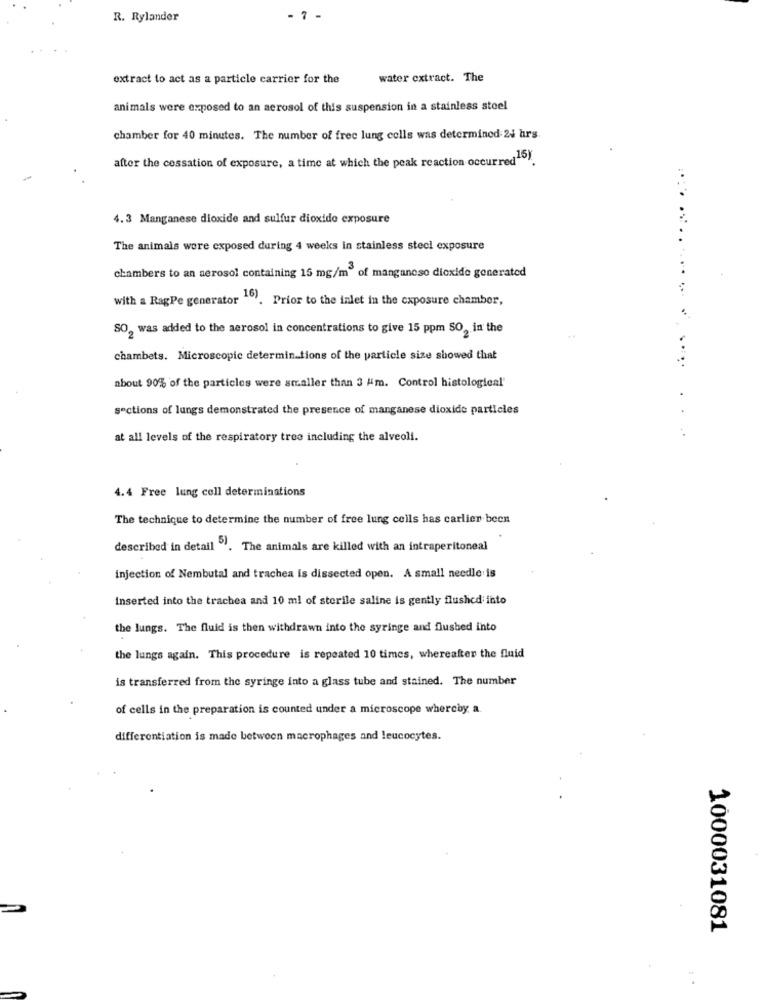
R. Rylander
- 7 -
extract to act as a particle carrier for the
water extract. The
animals were exposed to an aerosol of this suspension in a stainless steel
chamber for 40 minutes. The number of free lung cells was determined 24 hrs.
after the cessation of exposure, a time at which the peak reaction occurred15).
....
4.3 Manganese dioxide and sulfur dioxide exposure
The animals were exposed during 4 weeks in stainless steel exposure
chambers to an aerosol containing 15 mg/mº of manganeso dioxide generated
with a RagPe generator ". Prior to the inlet in the exposure chamber,
SO, was added to the aerosol in concentrations to give 15 ppm SO, in the
..
chambets. Microscopic determin-tions of the particle size showed that
about 90% of the particles were smaller than 3 Am. Control histological'
sections of lungs demonstrated the presence of manganese dioxide particles
:
at all levels of the respiratory tree including the alveoli.
4.4 Free lung cell determinations
The technique to determine the number of free lung cells has carlier been
described in detail . The animals are killed with an intraperitoneal
injection of Nembutal and trachea is dissected open. A small needle is
Inserted into the trachea and 10 ml of sterile saline is gently flushed into
the lungs. The fluid is then withdrawn into the syringe and flushed into
the lungs again. This procedure is repeated 10 times, whereafter the fluid
is transferred from the syringe into a glass tube and stained. The number
of cells in the preparation is counted under a microscope whereby a.
differentiation is made between macrophages and leucocytes.
1000031081